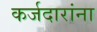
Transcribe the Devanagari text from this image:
कर्जदारांना